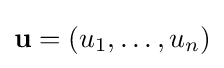
\mathbf {u} =(u_{1},\ldots ,u_{n})